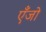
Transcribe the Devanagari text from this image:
एँजो